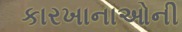
કારખાનાઓની